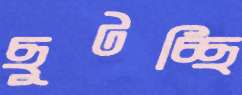
ছুটচ্ছি